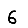
Digit: 6